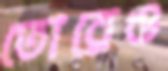
তোরেও